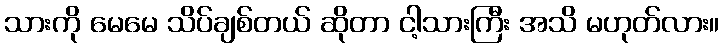
သားကို မေမေ သိပ်ချစ်တယ် ဆိုတာ ငါ့သားကြီး အသိ မဟုတ်လား။